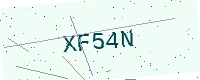
Text: XF54N